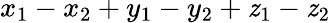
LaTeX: x_{1}-x_{2}+y_{1}-y_{2}+\mathit{z}_{1}-\mathit{z}_{2}